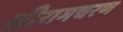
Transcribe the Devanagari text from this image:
श्रीरामचरण